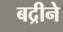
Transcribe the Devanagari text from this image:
बद्रीने